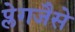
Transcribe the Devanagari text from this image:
प्लेगजैसे